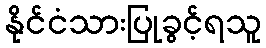
နိုင်ငံသားပြုခွင့်ရသူ